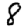
Digit: 8